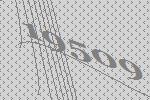
19509